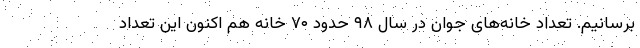
برسانیم. تعداد خانه‌های جوان در سال ۹۸ حدود ۷۰ خانه هم اکنون این تعداد